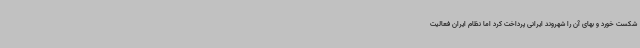
شکست خورد و بهای آن را شهروند ایرانی پرداخت کرد اما نظام ایران فعالیت